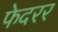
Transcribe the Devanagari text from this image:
फेदरर